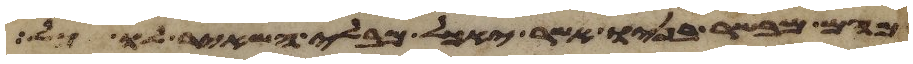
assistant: מהם מבשר בניו אשר יאכל מבלי השאיר לו